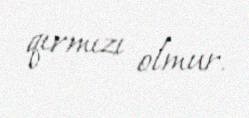
qırmızı olmur.